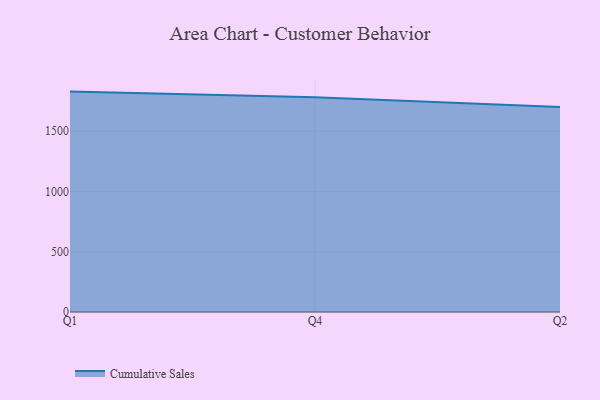
{"axis": {"x": "Quarter", "y": "Churn Rate (%)"}, "legend": ["Cumulative Sales"], "data": [{"x": "Q1", "y": 1829.2, "type": "Cumulative Sales"}, {"x": "Q4", "y": 1782.0, "type": "Cumulative Sales"}, {"x": "Q2", "y": 1700.6, "type": "Cumulative Sales"}]}